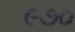
૯૭૦